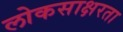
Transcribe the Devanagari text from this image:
लोकसाक्षरता